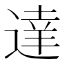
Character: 達